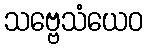
သဗ္ဗေသံယေဝ